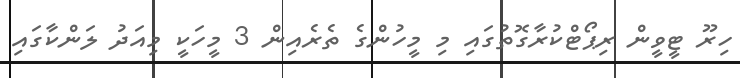
ހިރޫ ޓީވީން ރިޕޯޓްކުރާގޮތުގައި މި މީހުންގެ ތެރެއިން 3 މީހަކީ މިއަދު ލަންކާގައި